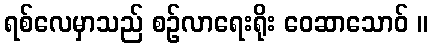
ရစ်လေမှာသည် စဉ်လာရေးရိုး ဝေဆာသောဝ် ။